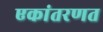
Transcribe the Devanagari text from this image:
एकांतरणत